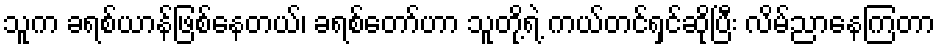
သူက ခရစ်ယာန်ဖြစ်နေတယ်၊ ခရစ်တော်ဟာ သူတို့ရဲ့ ကယ်တင်ရှင်ဆိုပြီး လိမ်ညာနေကြတာ